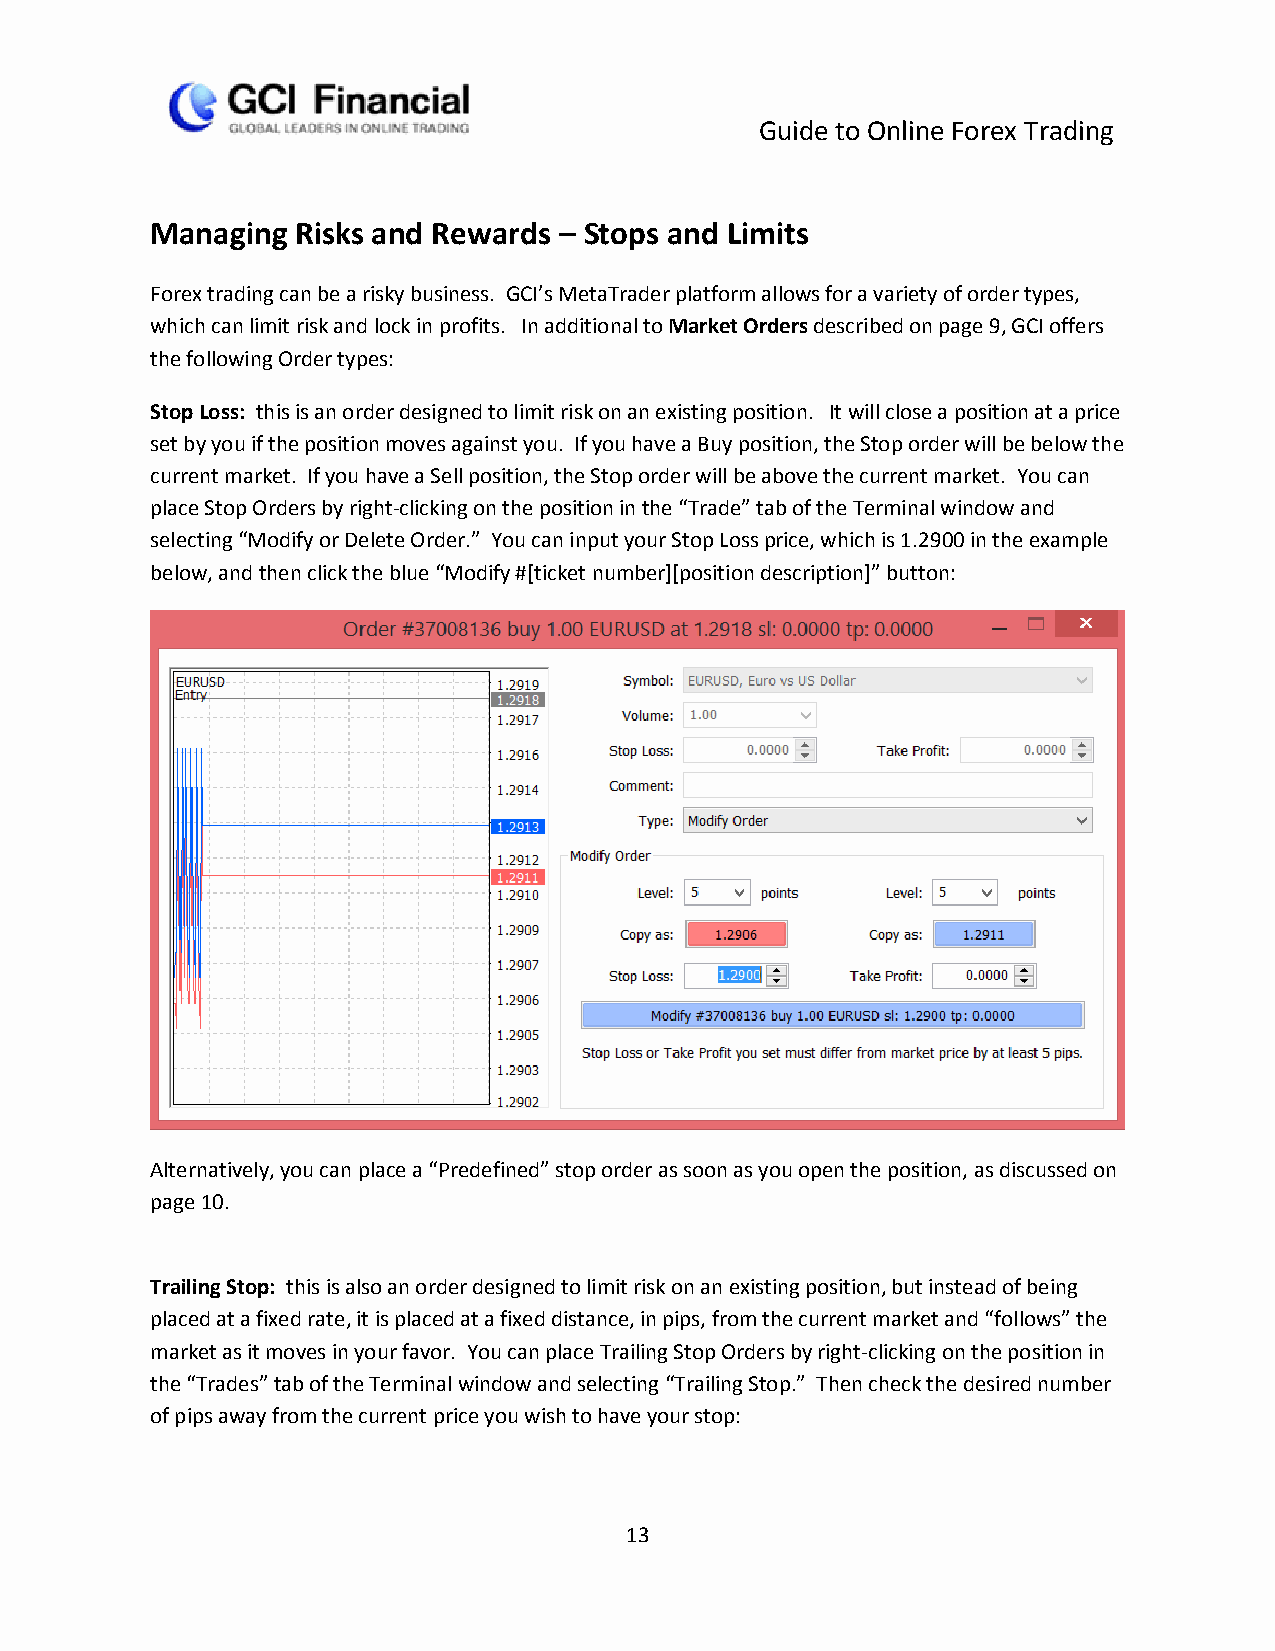
Guide to Online Forex Trading
 Managing  Risks and Rewards – Stops and Limits
 Forex trading can be a risky business. GCI’s MetaTrader platform allows for a variety of order types,
 which can limit risk and lock in profits. In additional to Market Orders described on page 9, GCI offers
 the following Order types:
 Stop Loss: this is an order designed to limit risk on an existing position. It will close a position at a price
 set by you if the position moves against you. If you have a Buy position, the Stop order will be below the
 current market. If you have a Sell position, the Stop order will be above the current market. You can
 place Stop Orders by right-clicking on the position in the “Trade” tab of the Terminal window and
 selecting “Modify or Delete Order.” You can input your Stop Loss price, which is 1.2900 in the example
 below, and then click the blue “Modify #[ticket number][position description]” button:
 Alternatively, you can place a “Predefined” stop order as soon as you open the position, as discussed on
 page 10.
 Trailing Stop: this is also an order designed to limit risk on an existing position, but instead of being
 placed at a fixed rate, it is placed at a fixed distance, in pips, from the current market and “follows” the
 market as it moves in your favor. You can place Trailing Stop Orders by right-clicking on the position in
 the “Trades” tab of the Terminal window and selecting “Trailing Stop.” Then check the desired number
 of pips away from the current price you wish to have your stop:
 13